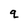
Character: q